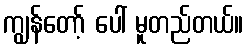
ကျွန်တော့် ပေါ် မူတည်တယ်။